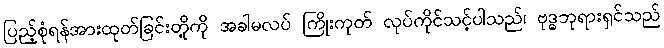
ပြည့်စုံရန်အားထုတ်ခြင်းတို့ကို အခါမလပ် ကြိုးကုတ် လုပ်ကိုင်သင့်ပါသည်၊ ဗုဒ္ဓဘုရားရှင်သည်